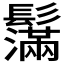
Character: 𩯮